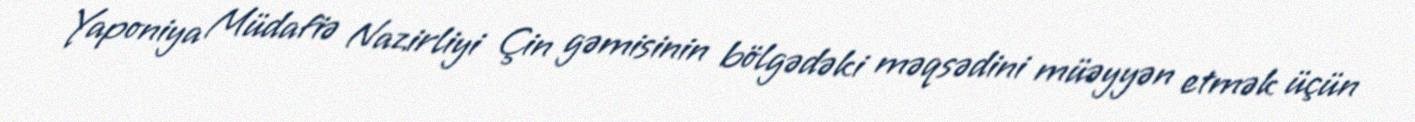
Yaponiya Müdafiə Nazirliyi Çin gəmisinin bölgədəki məqsədini müəyyən etmək üçün